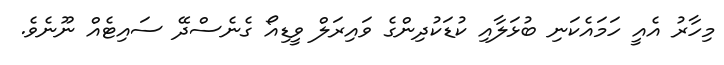
މިހާރު އެއީ ހަމައެކަނި ބުޅަލާއި ކުޑަކުދިންގެ ވައިރަލް ވީޑިއޯ ގެނެސްދޭ ސައިޓެއް ނޫނެވެ.